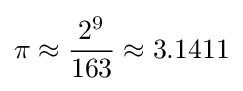
\pi \approx {2^{9} \over 163}\approx 3.1411